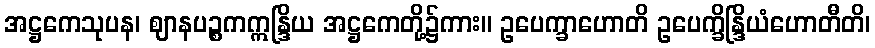
အဋ္ဌကေသုပန၊ ဈာနပဉ္စကဣန္ဒြိယ အဋ္ဌကေတို့၌ကား။ ဥပေက္ခာဟောတိ ဥပေက္ခိန္ဒြိယံဟောတီတိ၊